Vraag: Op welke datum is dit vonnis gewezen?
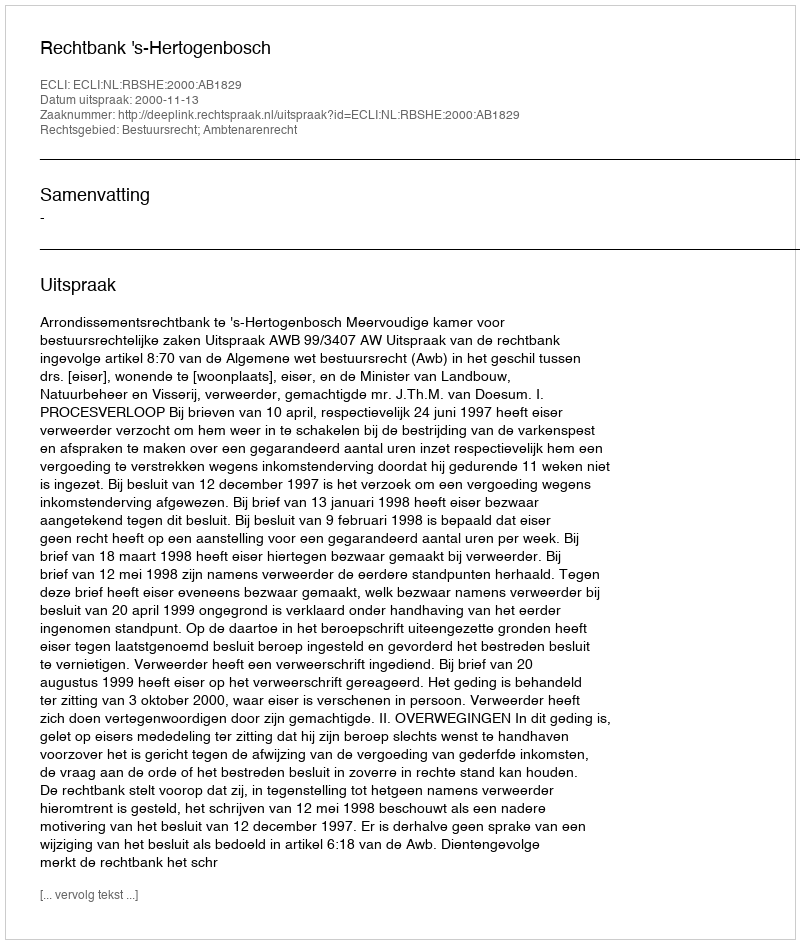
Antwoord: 2000-11-13